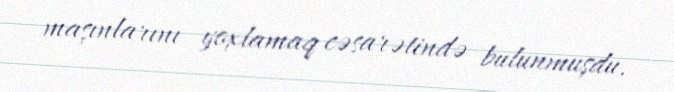
maşınlarını yoxlamaq cəsarətində bulunmuşdu.